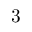
3